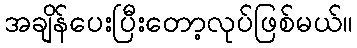
အချိန်ပေးပြီးတော့လုပ်ဖြစ်မယ်။